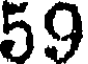
59